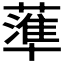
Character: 𱾫